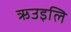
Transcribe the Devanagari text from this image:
ऋउइलि